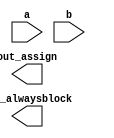
// synthesis verilog_input_version verilog_2001

module top_module(
    input a,
    input b,
    output wire out_assign,
    output reg out_alwaysblock
);





endmodule